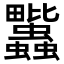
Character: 𧖈